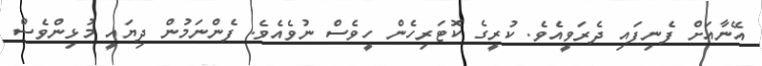
އޭނާއަށް ފެނިފައި ދެރަވީއެވެ. ކުރީގެ ކޮޓަރިހެން ހީވެސް ނުވެއެވެ. ފެންނަމުން ދިޔައީ މުޅިންވެސް